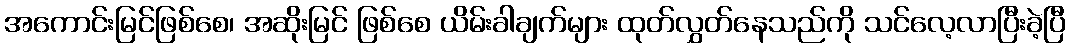
အကောင်းမြင်ဖြစ်စေ၊ အဆိုးမြင် ဖြစ်စေ ယိမ်းခါချက်များ ထုတ်လွှတ်နေသည်ကို သင်လေ့လာပြီးခဲ့ပြီ